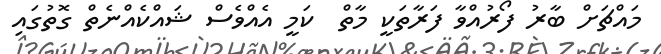
މައްޗަށް ބާރު ފޯރުއްވާ ފަރާތަކީ މާތް  ކަމީ އެއްވެސް ޝައްކެއްނެތް ގޮތުގައި